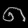
Digit: ၈